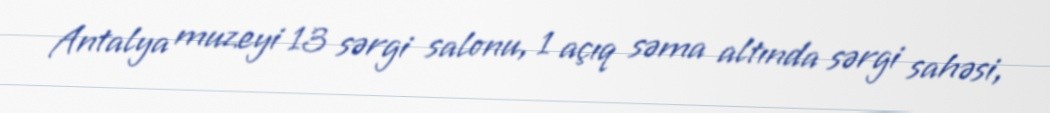
Antalya muzeyi 13 sərgi salonu, 1 açıq səma altında sərgi sahəsi,